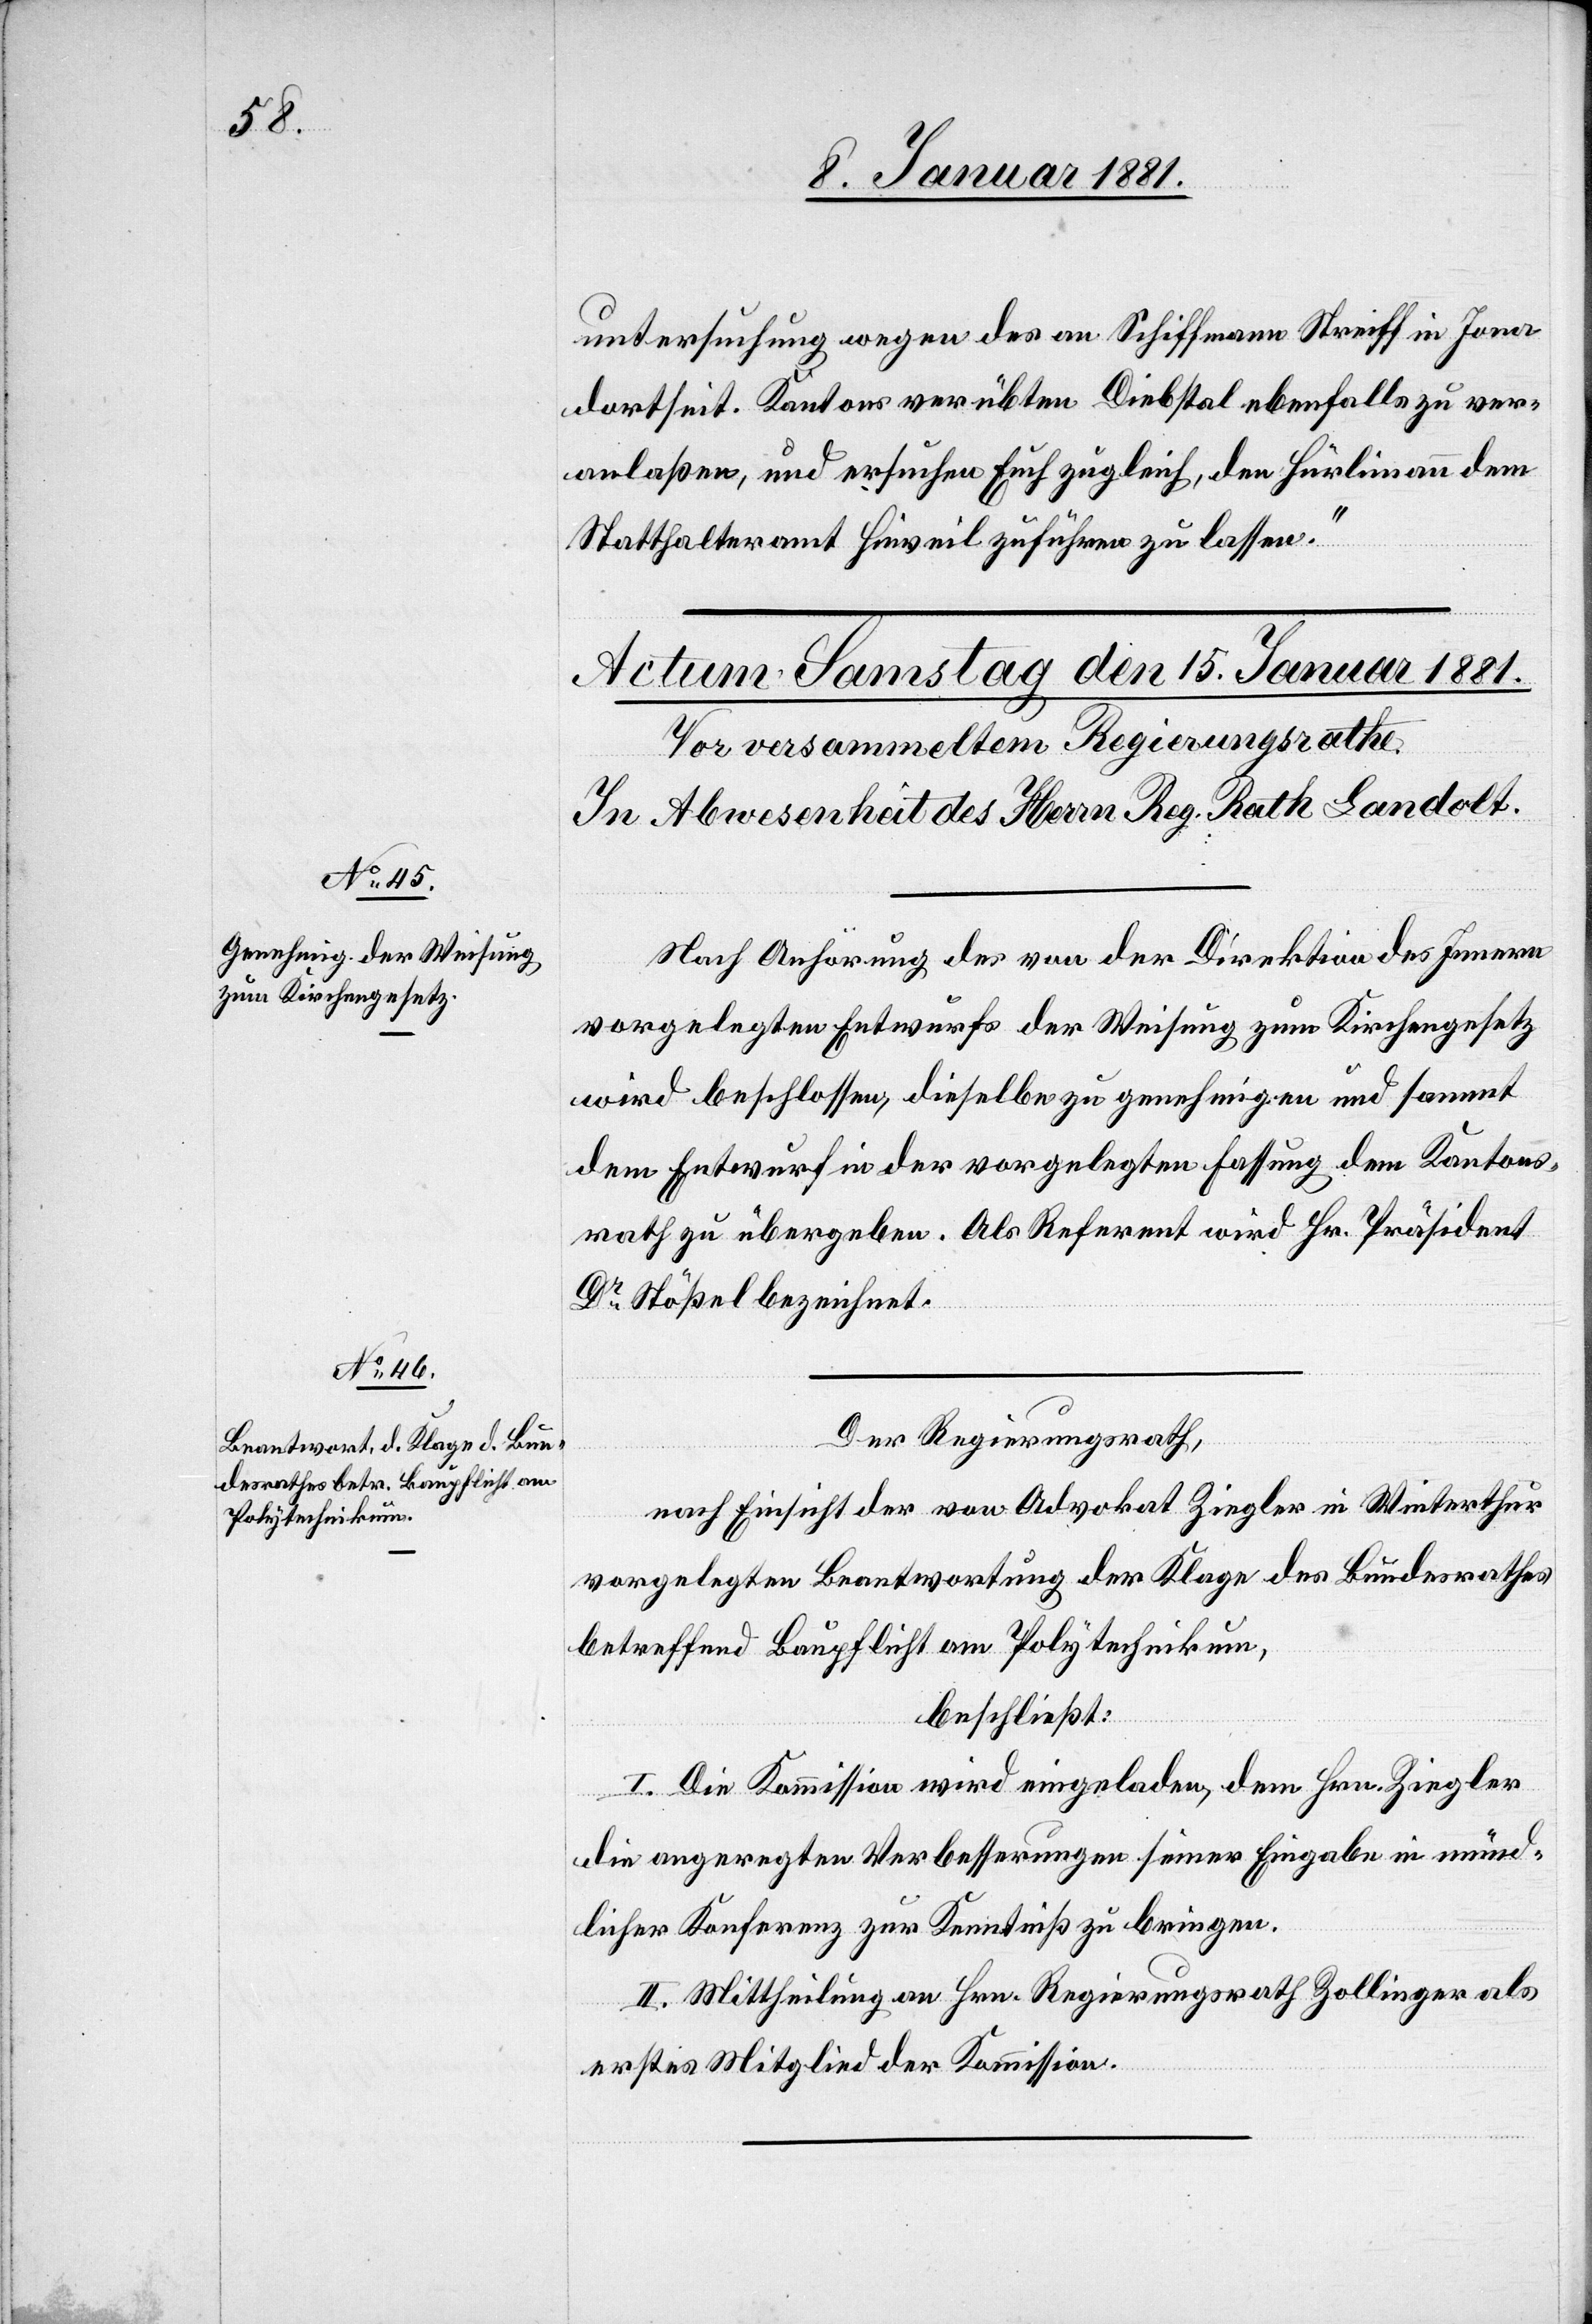
untersuchung wegen des an Schiffmann Streiff in Jona
dortseit. Kantons verübten Diebstal ebenfalls zu ver¬
anlaßen, und ersuchen Euch zugleich, den Hürlimann dem
Statthalteramt Hinweil zuführen zu lassen.“
Nach Anhörung des von der Direktion des Innern
vorgelegten Entwurfs der Weisung zum Kirchengesetz
wird beschlossen, dieselbe zu genehmigen und sammt
dem Entwurf in der vorgelegten Fassung dem Kantons¬
rath zu übergeben. Als Referent wird Hr. Präsident
Dr Stößel bezeichnet.
Der Regierungsrath,
nach Einsicht der von Advokat Ziegler in Winterthur
vorgelegten Beantwortung der Klage des Bundesrathes
betreffend Baupflicht am Polytechnikum,
beschließt:
I. Die Kommission wird eingeladen, dem Hrn. Ziegler
die angeregten Verbesserungen seiner Eingabe in münd¬
licher Konferenz zur Kenntniß zu bringen.
II. Mittheilung an Hrn. Regierungsrath Zollinger als
erstes Mitglied der Kommission.